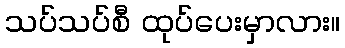
သပ်သပ်စီ ထုပ်ပေးမှာလား။